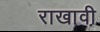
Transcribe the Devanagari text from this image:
राखावी़